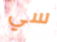
سي